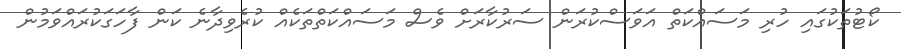
ކޯޓުތަކުގައި ހުރި މަސައްކަތް އަވަސްކުރަން ސަރުކާރަށް ވެސް މަސައްކަތްތަކެއް ކުރެވިދާނެ ކަން ފާހަގަކުރައްވަމުން